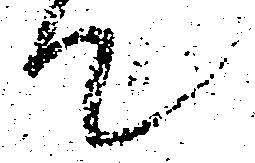
て